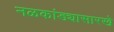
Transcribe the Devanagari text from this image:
नळकांड्यासारखे